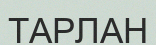
ТАРЛАН